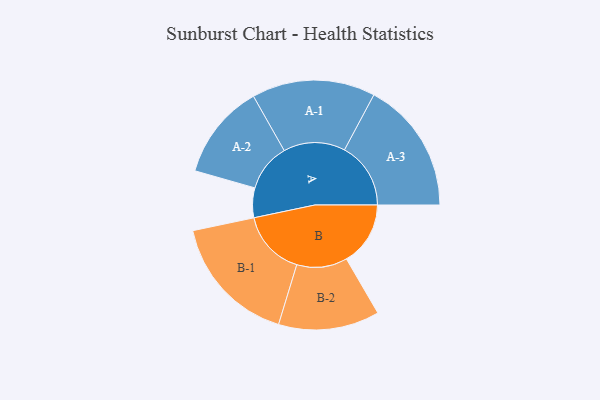
{"axis": {"x": "Segment", "y": "Value"}, "legend": ["", "A", "B"], "data": [{"x": "A", "y": 117, "type": ""}, {"x": "B", "y": 252, "type": ""}, {"x": "A-1", "y": 243, "type": "A"}, {"x": "A-2", "y": 188, "type": "A"}, {"x": "A-3", "y": 261, "type": "A"}, {"x": "B-1", "y": 258, "type": "B"}, {"x": "B-2", "y": 199, "type": "B"}]}